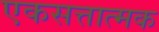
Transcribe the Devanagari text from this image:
एकसत्तात्मक